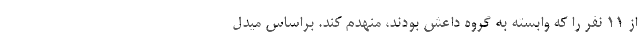
از ۱۱ نفر را که وابسته به گروه داعش بودند، منهدم کند. براساس میدل